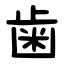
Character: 歯